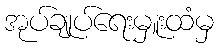
အုပ်ချုပ်ရေးမှူးထံမှ